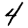
Digit: 4